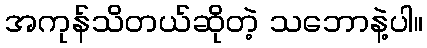
အကုန်သိတယ်ဆိုတဲ့ သဘောနဲ့ပါ။